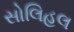
સોલિહલ